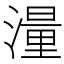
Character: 𪷑